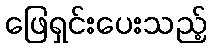
ဖြေရှင်းပေးသည့်